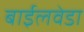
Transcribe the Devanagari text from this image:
बाईलवेडा